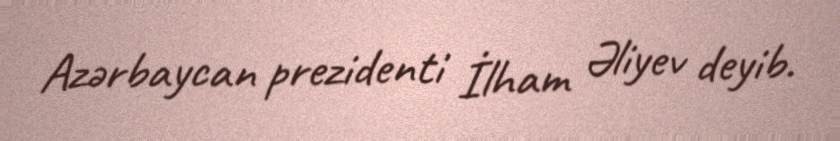
Azərbaycan prezidenti İlham Əliyev deyib.